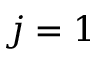
j = 1